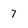
Character: 7